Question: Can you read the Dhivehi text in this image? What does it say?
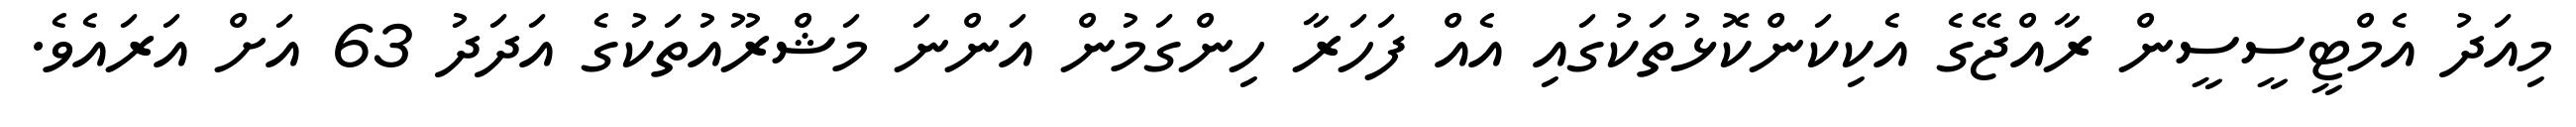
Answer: މިއަދު އެމްޓީސީސީން ރާއްޖޭގެ އެކިކަންކޮޅުތަކުގައި އެއް ފަހަރާ ހިންގަމުން އަންނަ މަޝްރޫއުތަކުގެ އަދަދު 63 އަށް އަރައެވެ.